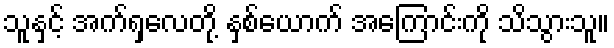
သူနှင့် အက်ရှလေတို့ နှစ်ယောက် အကြောင်းကို သိသွားသူ။